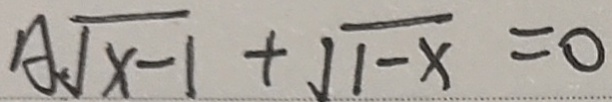
A \sqrt { x - 1 } + \sqrt { 1 - x } = 0